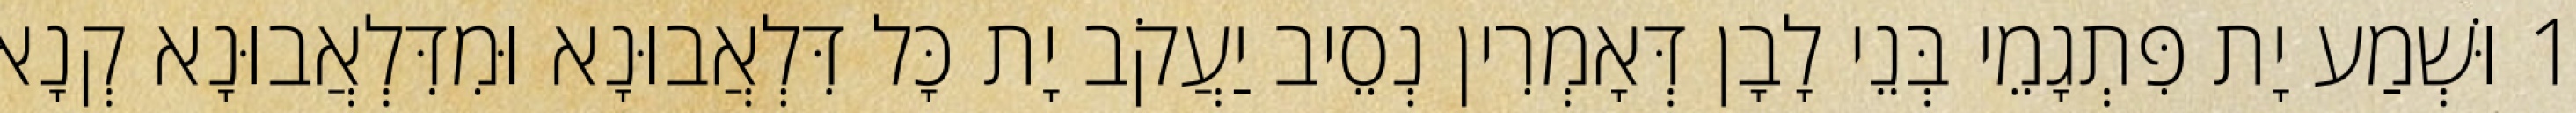
1 וּשְׁמַע יָת פִּתְגָמֵי בְּנֵי לָבָן דְּאָמְרִין נְסֵיב יַעֲקֹב יָת כָּל דִּלְאֲבוּנָא וּמִדִּלְאֲבוּנָא קְנָא